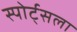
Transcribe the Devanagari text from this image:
स्पोर्ट्सला